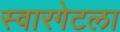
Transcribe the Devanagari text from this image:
स्वारगेटला